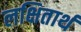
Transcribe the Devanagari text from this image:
लक्षितार्थ